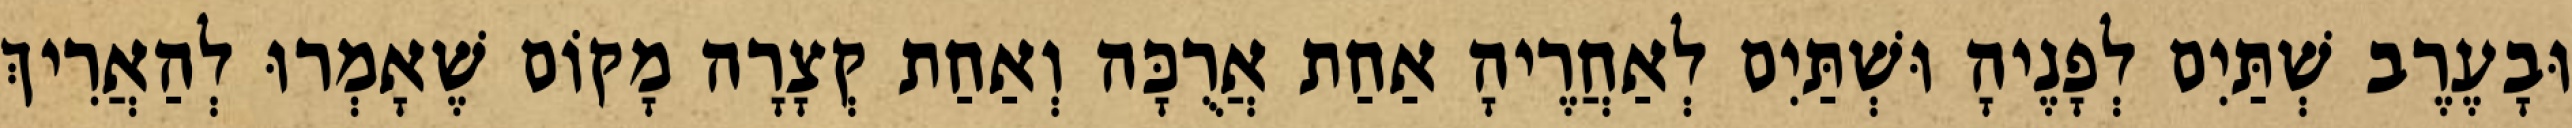
וּבָעֶרֶב שְׁתַּיִם לְפָנֶיהָ וּשְׁתַּיִם לְאַחֲרֶיהָ אַחַת אֲרֻכָּה וְאַחַת קְצָרָה מָקוֹם שֶׁאָמְרוּ לְהַאֲרִיךְ